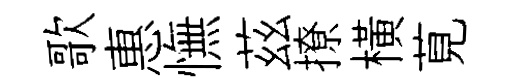
歌惠憮茲撩横莧